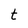
Character: t